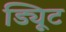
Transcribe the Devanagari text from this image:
ड्यिूट